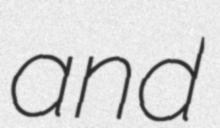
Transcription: and